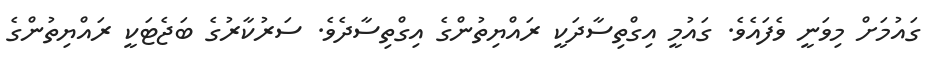
ގައުމަށް މިވަނީ ވެފައެވެ. ގައުމީ އިގްތިސާދަކީ ރައްޔިތުންގެ އިގްތިސާދެވެ. ސަރުކާރުގެ ބަޖެޓަކީ ރައްޔިތުންގެ